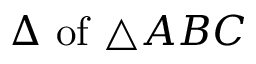
\Delta { \mathrm { ~ o f ~ } } \triangle A B C